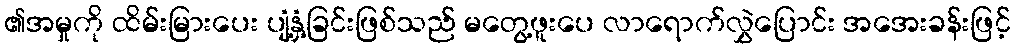
၏အမှုကို ထိမ်းမြားပေး ပျံ့နှံ့ခြင်းဖြစ်သည် မတွေ့ဖူးပေ လာရောက်လွှဲပြောင်း အအေးခန်းဖြင့်